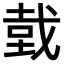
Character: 𢧑